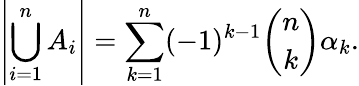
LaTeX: \left|\bigcup_{i=1}^{n}A_{i}\right|=\sum_{k=1}^{n}(-1)^{k-1}{\binom{n}{k}}\alpha_{k}.